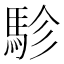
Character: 駗